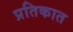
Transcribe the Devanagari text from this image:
प्रतिकात